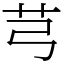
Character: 芎